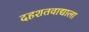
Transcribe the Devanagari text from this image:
दहशतवाद्याला